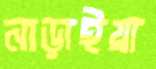
নাড়াইয়া